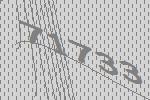
71733